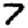
Digit: 7